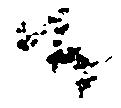
候